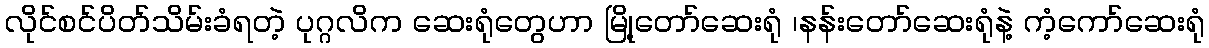
လိုင်စင်ပိတ်သိမ်းခံရတဲ့ ပုဂ္ဂလိက ဆေးရုံတွေဟာ မြို့တော်ဆေးရုံ ၊နန်းတော်ဆေးရုံနဲ့ ကံ့ကော်ဆေးရုံ